Indian journal of veterinary science and animal husbandry - Volume 10,
Year: 1940
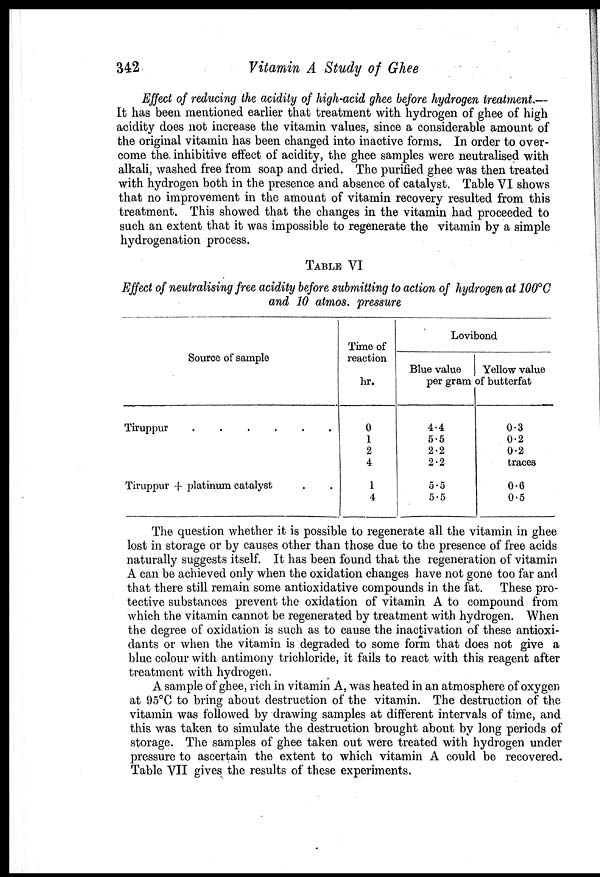
342
Vitamin A Study of Ghee
Effect of reducing the acidity of high-acid ghee before hydrogen treatment.—
It has been mentioned earlier that treatment with hydrogen of ghee of high
acidity does not increase the vitamin values, since a considerable amount of
the original vitamin has been changed into inactive forms. In order to over-
come the inhibitive effect of acidity, the ghee samples were neutralised with
alkali, washed free from soap and dried. The purified ghee was then treated
with hydrogen both in the presence and absence of catalyst. Table VI shows
that no improvement in the amount of vitamin recovery resulted from this
treatment. This showed that the changes in the vitamin had proceeded to
such an extent that it was impossible to regenerate the vitamin by a simple
hydrogenation process.
TABLE VI
Effect of neutralising free acidity before submitting to action of hydrogen at 100°C
and 10 atmos. pressure
Source of sample
Tiruppur
.
.
.
.
.
.
Tiruppur + platinum catalyst . .
Time of
reaction
hr.
0
1
2
4
1
4
Lovibond
Blue value
Yellow value
per gram of butterfat
4.4
5.5
2.2
2.2
5.5
5.5
0.3
0.2
0.2
traces
0.6
0.5
The question whether it is possible to regenerate all the vitamin in ghee
lost in storage or by causes other than those due to the presence of free acids
naturally suggests itself. It has been found that the regeneration of vitamin
A can be achieved only when the oxidation changes have not gone too far and
that there still remain some antioxidative compounds in the fat. These pro-
tective substances prevent the oxidation of vitamin A to compound from
which the vitamin cannot be regenerated by treatment with hydrogen. When
the degree of oxidation is such as to cause the inactivation of these antioxi-
dants or when the vitamin is degraded to some form that does not give a
blue colour with antimony trichloride, it fails to react with this reagent after
treatment with hydrogen.
A sample of ghee, rich in vitamin A, was heated in an atmosphere of oxygen
at 95°C to bring about destruction of the vitamin. The destruction of the
vitamin was followed by drawing samples at different intervals of time, and
this was taken to simulate the destruction brought about by long periods of
storage. The samples of ghee taken out were treated with hydrogen under
pressure to ascertain the extent to which vitamin A could be recovered.
Table VII gives the results of these experiments.